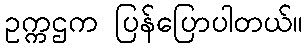
ဥက္ကဌက ပြန်ပြောပါတယ်။